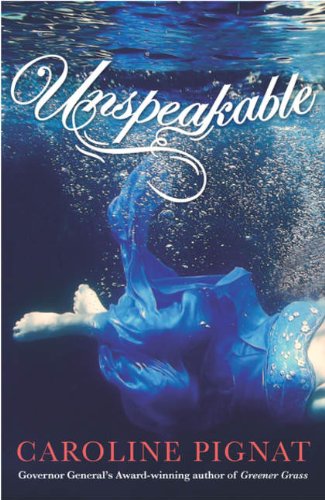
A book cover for Unspeakable; Caroline Pignat; Teen & Young Adult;